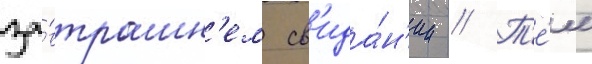
за́втрашн'ем св'ида́н'ии // Т'е́м